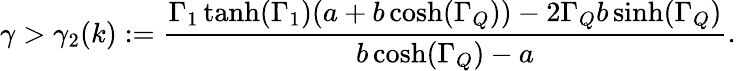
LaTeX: \gamma>\gamma_{2}(k):=\frac{\Gamma_{1}\operatorname{tanh}(\Gamma_{1})(a+b\cosh(\Gamma_{Q}))-2\Gamma_{Q}b\sinh(\Gamma_{Q})}{b\cosh(\Gamma_{Q})-a}.